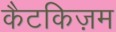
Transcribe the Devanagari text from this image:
कैटकिज़म